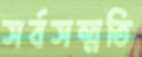
সর্বসম্মতি